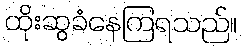
ထိုးဆွခံနေကြရသည်။